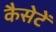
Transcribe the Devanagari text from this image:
कैसेटें